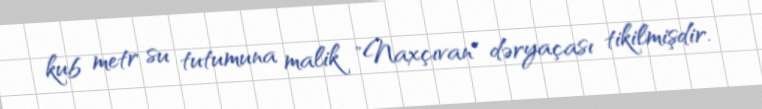
kub metr su tutumuna malik "Naxçıvan" dəryaçası tikilmişdir.